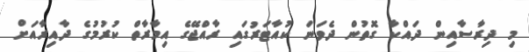
މި ދިރާސާއިން ދައްކާ ގޮތުން ދެވަނަ ކުއާޓަރުގައި ރާއްޖޭގެ އިމާރާތް ކުރުމުގެ ދާއިރާއަށް